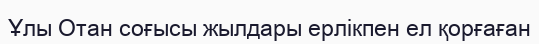
Ұлы Отан соғысы жылдары ерлікпен ел қорғаған